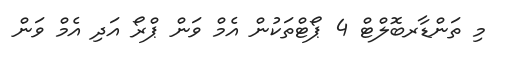
މި ތަންޑާރބޮލްޓް 4 ޕޯޓްތަކުން އެމް ވަން ޕްރޯ އަދި އެމް ވަން